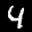
Label: 4